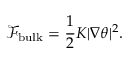
\mathcal { F } _ { \mathrm { b u l k } } = \frac { 1 } { 2 } K | \nabla \theta | ^ { 2 } .